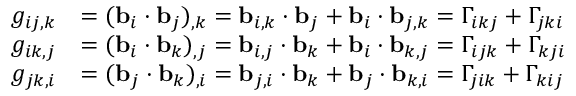
{ \begin{array} { r l } { g _ { i j , k } } & { = ( \mathbf { b } _ { i } \cdot \mathbf { b } _ { j } ) _ { , k } = \mathbf { b } _ { i , k } \cdot \mathbf { b } _ { j } + \mathbf { b } _ { i } \cdot \mathbf { b } _ { j , k } = \Gamma _ { i k j } + \Gamma _ { j k i } } \\ { g _ { i k , j } } & { = ( \mathbf { b } _ { i } \cdot \mathbf { b } _ { k } ) _ { , j } = \mathbf { b } _ { i , j } \cdot \mathbf { b } _ { k } + \mathbf { b } _ { i } \cdot \mathbf { b } _ { k , j } = \Gamma _ { i j k } + \Gamma _ { k j i } } \\ { g _ { j k , i } } & { = ( \mathbf { b } _ { j } \cdot \mathbf { b } _ { k } ) _ { , i } = \mathbf { b } _ { j , i } \cdot \mathbf { b } _ { k } + \mathbf { b } _ { j } \cdot \mathbf { b } _ { k , i } = \Gamma _ { j i k } + \Gamma _ { k i j } } \end{array} }